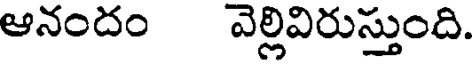
ఆనందం వెల్లివిరుస్తుంది.